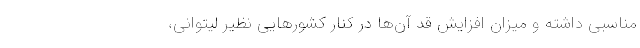
مناسبی داشته و میزان افزایش قد آن‌ها در کنار کشور‌هایی نظیر لیتوانی،